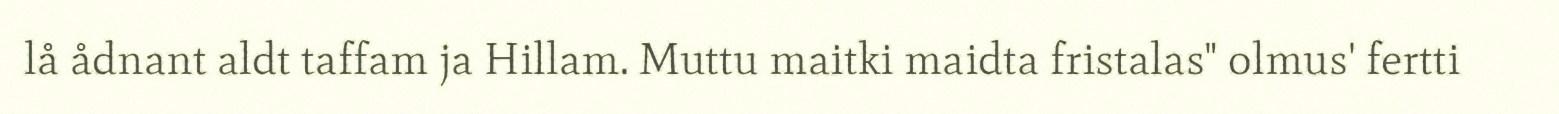
lå ådnant aldt taffam ja Hillam. Muttu maitki maidta fristalas" olmus' fertti